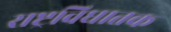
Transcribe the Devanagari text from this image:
राष्ट्रविघातक